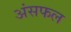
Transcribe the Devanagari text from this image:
अंसफल